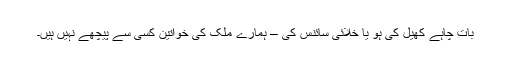
بات چاہے کھیل کی ہو یا خلائی سائنس کی – ہمارے ملک کی خواتین کسی سے پیچھے نہیں ہیں۔